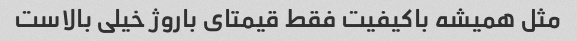
مثل همیشه باکیفیت فقط قیمتای باروژ خیلی بالاست